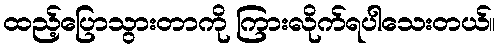
ထည့်ပြောသွားတာကို ကြားလိုက်ရပါသေးတယ်။